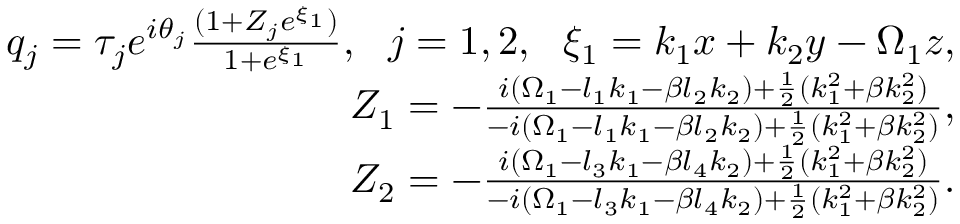
\begin{array} { r l r } & { } & { q _ { j } = \tau _ { j } e ^ { i \theta _ { j } } \frac { ( 1 + Z _ { j } e ^ { \xi _ { 1 } } ) } { 1 + e ^ { \xi _ { 1 } } } , ~ ~ j = 1 , 2 , ~ ~ \xi _ { 1 } = k _ { 1 } x + k _ { 2 } y - \Omega _ { 1 } z , } \\ & { } & { Z _ { 1 } = - \frac { i ( \Omega _ { 1 } - l _ { 1 } k _ { 1 } - \beta l _ { 2 } k _ { 2 } ) + \frac { 1 } { 2 } ( k _ { 1 } ^ { 2 } + \beta k _ { 2 } ^ { 2 } ) } { - i ( \Omega _ { 1 } - l _ { 1 } k _ { 1 } - \beta l _ { 2 } k _ { 2 } ) + \frac { 1 } { 2 } ( k _ { 1 } ^ { 2 } + \beta k _ { 2 } ^ { 2 } ) } , } \\ & { } & { Z _ { 2 } = - \frac { i ( \Omega _ { 1 } - l _ { 3 } k _ { 1 } - \beta l _ { 4 } k _ { 2 } ) + \frac { 1 } { 2 } ( k _ { 1 } ^ { 2 } + \beta k _ { 2 } ^ { 2 } ) } { - i ( \Omega _ { 1 } - l _ { 3 } k _ { 1 } - \beta l _ { 4 } k _ { 2 } ) + \frac { 1 } { 2 } ( k _ { 1 } ^ { 2 } + \beta k _ { 2 } ^ { 2 } ) } . } \end{array}